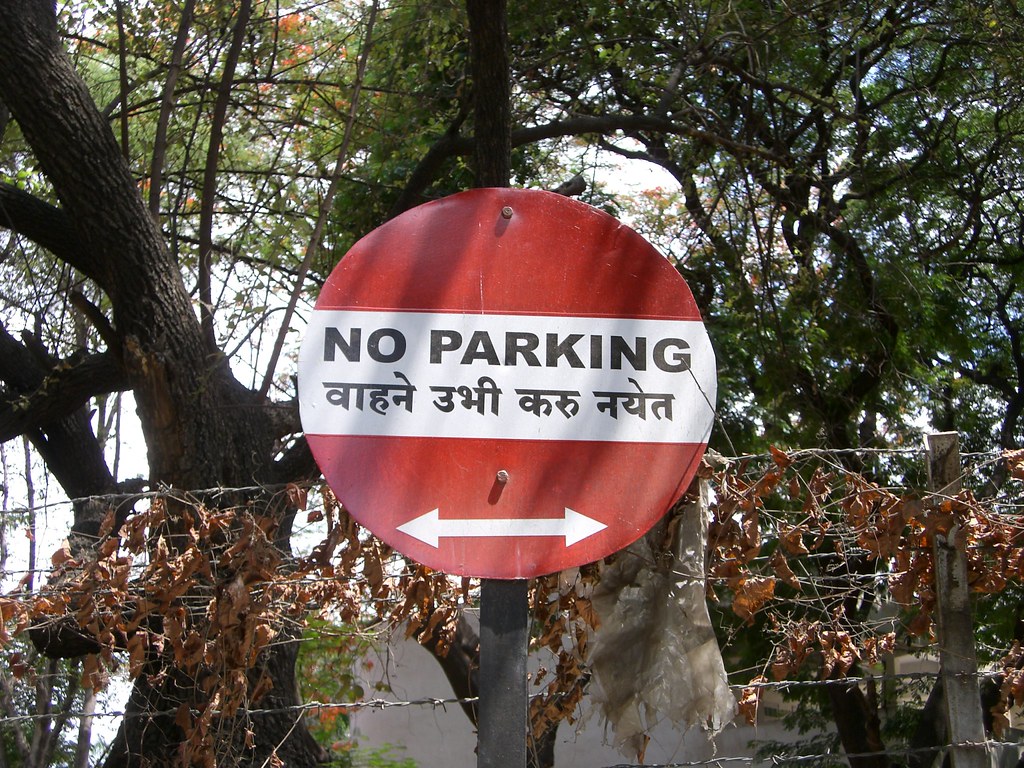
Language: marathi
Transcription: उभी करू नयेत वाहने